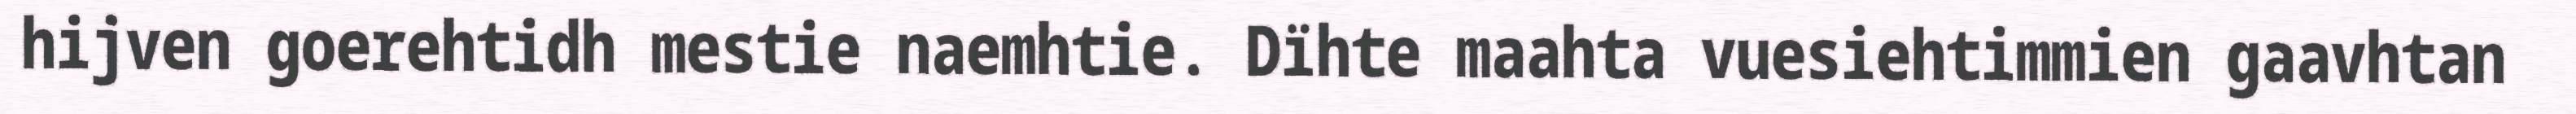
hijven goerehtidh mestie naemhtie. Dïhte maahta vuesiehtimmien gaavhtan